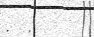
:  :